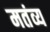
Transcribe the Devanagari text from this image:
मतंव्य